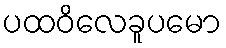
ပထဝိလေခူပမော